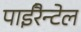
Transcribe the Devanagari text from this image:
पाईरैन्टेल